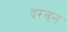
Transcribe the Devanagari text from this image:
दरवन